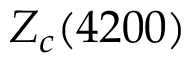
Z _ { c } ( 4 2 0 0 )